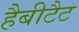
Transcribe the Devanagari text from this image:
हैबीटैट